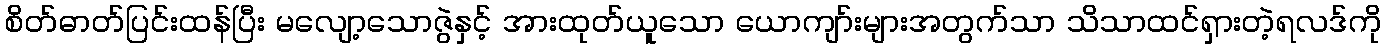
စိတ်ဓာတ်ပြင်းထန်ပြီး မလျော့သောဇွဲနှင့် အားထုတ်ယူသော ယောကျာ်းများအတွက်သာ သိသာထင်ရှားတဲ့ရလဒ်ကို